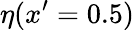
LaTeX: \eta(x^{\prime}=0.5)